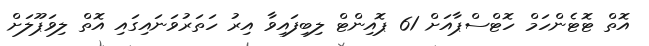
އޮތް ޓޮޓެންހަމް ހޮޓްސްޕާއަށް 61 ޕޮއިންޓް ލިބިފައިވާ އިރު ހަތަރުވަނައިގައި އޮތް ލިވަޕޫލަށް